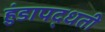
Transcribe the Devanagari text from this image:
हुंडापद्धती